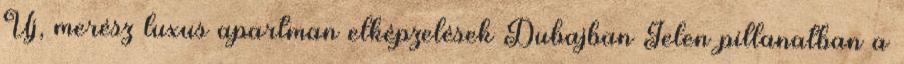
Új, merész luxus apartman elképzelések Dubajban Jelen pillanatban a